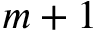
m + 1